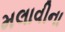
મલાવીના